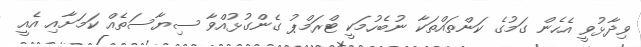
ވިދާޅުވީ އެހެން ގަމުގެ ކަންތައްތަކާ ނުބެހުމަކީ ޓްރަމްޕު ގެންގުޅުއްވާ ސިޔާސަތެއް ކަމަށާއި އެއީ